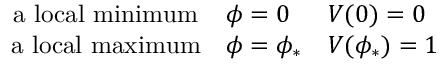
\left. \begin{array} { c l l } { { \mathrm { a ~ l o c a l ~ m i n i m u m } } } & { { \phi = 0 } } & { { V ( 0 ) = 0 } } \\ { { \mathrm { a ~ l o c a l ~ m a x i m u m } } } & { { \phi = \phi _ { * } } } & { { V ( \phi _ { * } ) = 1 } } \end{array} \right.